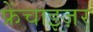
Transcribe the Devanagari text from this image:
फ्रेंचाइज़र